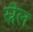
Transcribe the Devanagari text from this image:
स्नैल